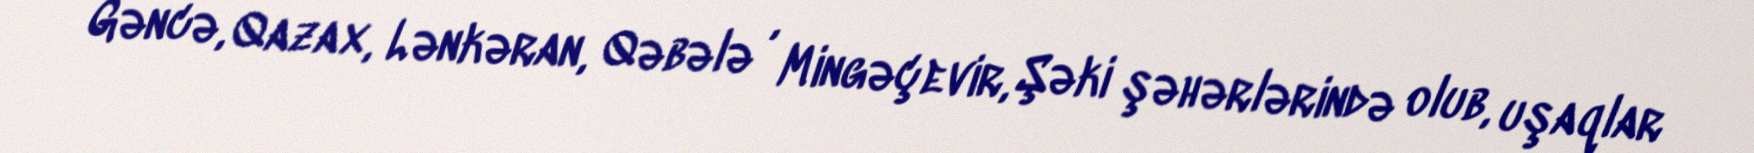
Gəncə, Qazax, Lənkəran, Qəbələ , Mingəçevir, Şəki şəhərlərində olub, uşaqlar